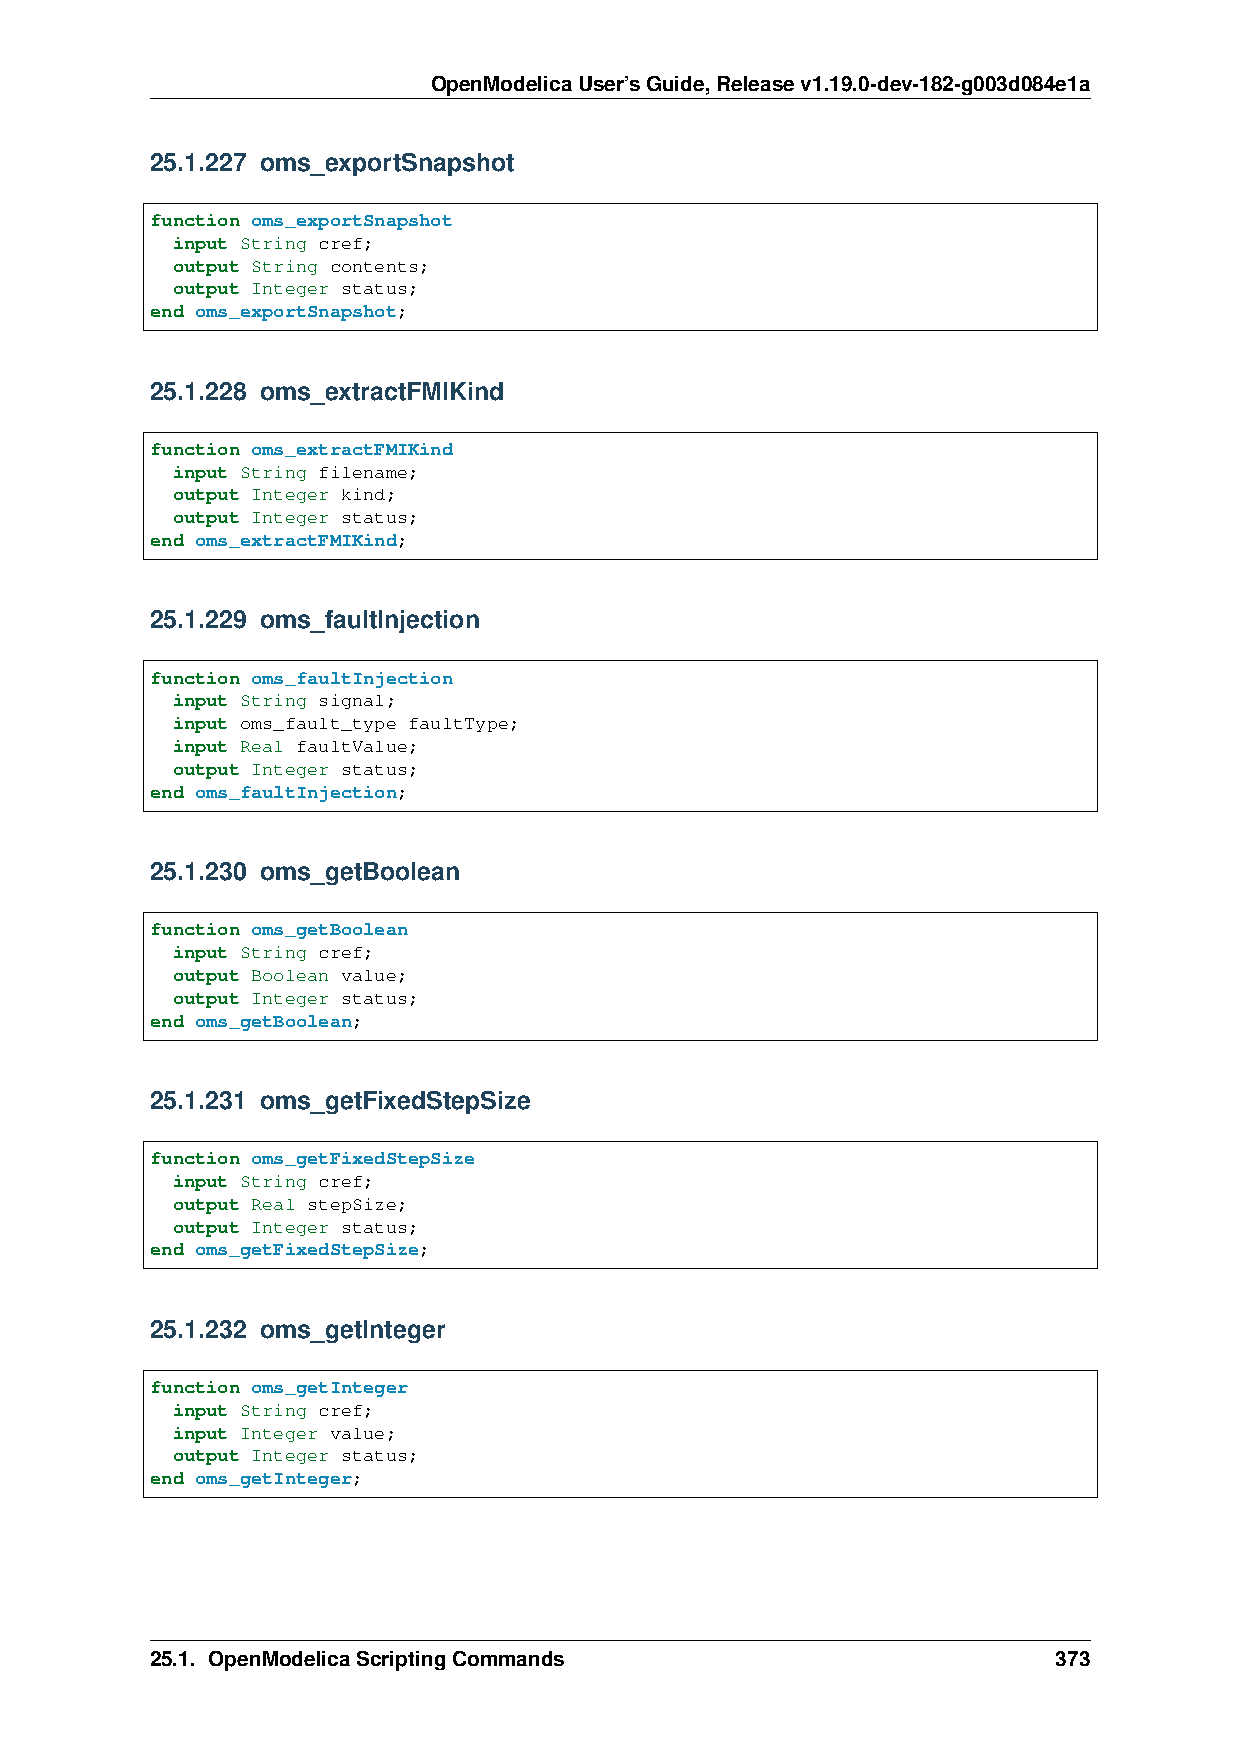
OpenModelicaUser’sGuide,Releasev1.19.0-dev-182-g003d084e1a
 25.1.227 oms_exportSnapshot
 function oms_exportSnapshot
 input String cref;
 output String contents;
 output Integer status;
 end oms_exportSnapshot;
 25.1.228 oms_extractFMIKind
 function oms_extractFMIKind
 input String filename;
 output Integer kind;
 output Integer status;
 end oms_extractFMIKind;
 25.1.229 oms_faultInjection
 function oms_faultInjection
 input String signal;
 input oms_fault_type faultType;
 input Real faultValue;
 output Integer status;
 end oms_faultInjection;
 25.1.230 oms_getBoolean
 function oms_getBoolean
 input String cref;
 output Boolean value;
 output Integer status;
 end oms_getBoolean;
 25.1.231 oms_getFixedStepSize
 function oms_getFixedStepSize
 input String cref;
 output Real stepSize;
 output Integer status;
 end oms_getFixedStepSize;
 25.1.232 oms_getInteger
 function oms_getInteger
 input String cref;
 input Integer value;
 output Integer status;
 end oms_getInteger;
 25.1. OpenModelicaScriptingCommands                         373